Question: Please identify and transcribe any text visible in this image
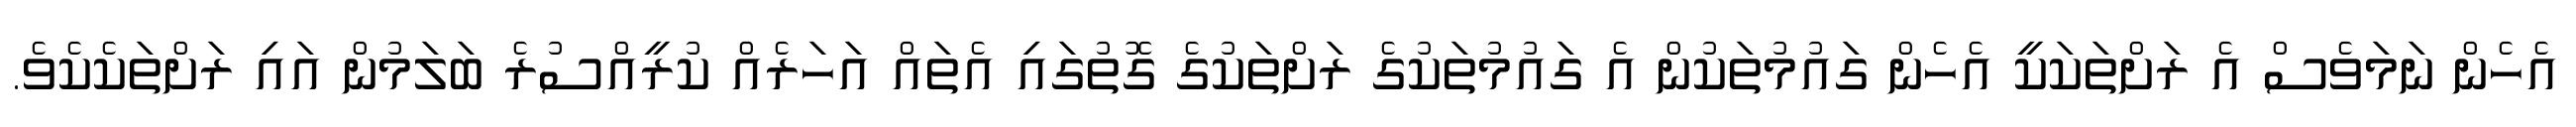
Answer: އެހެން ނަމަވެސް އެ ރަށްތަކަކީ އެހެން ގައުމުތަކުން އެ ގައުމުތަކުގެ ރަށްތަކުގެ ގޮތުގައި އެތައް އަހަރެއް ކުރީއްސުރެ ބަލަމުން އައި ރަށްތަކެކެވެ.